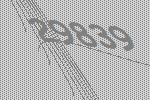
29839